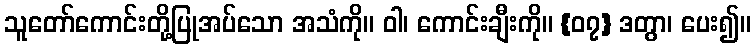
သူတော်ကောင်းတို့ပြုအပ်သော အသံကို။ ဝါ၊ ကောင်းချီးကို။ {၀၇} ဒတွာ၊ ပေး၍။